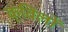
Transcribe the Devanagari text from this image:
क्विलों